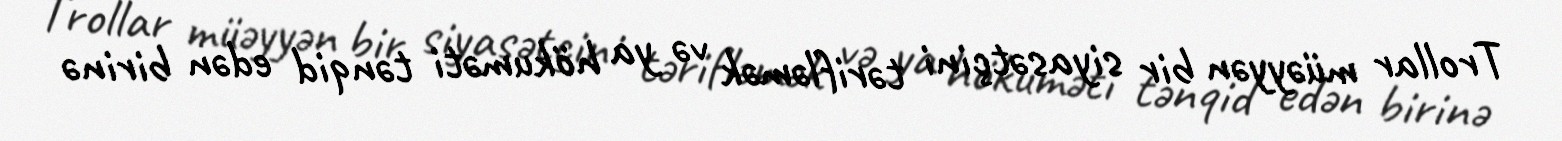
Trollar müəyyən bir siyasətçini tərifləmək və ya hökuməti tənqid edən birinə